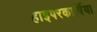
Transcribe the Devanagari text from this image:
हाइपरकार्बिया